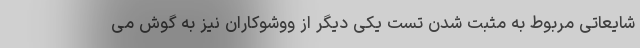
شایعاتی مربوط به مثبت شدن تست یکی دیگر از ووشوکاران نیز به گوش می